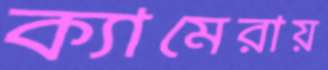
ক্যামেরায়